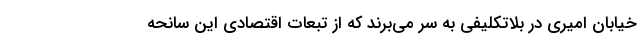
خیابان امیری در بلاتکلیفی به سر می‌برند که از تبعات اقتصادی این سانحه